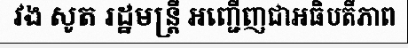
វង សូត រដ្ឋមន្ត្រី អញ្ជើញជាអធិបតីភាព